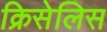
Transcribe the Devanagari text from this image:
क्रिसेलिस